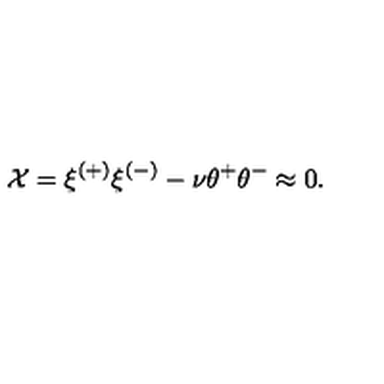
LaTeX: { \cal X } = \xi ^ { ( + ) } \xi ^ { ( - ) } - \nu \theta ^ { + } \theta ^ { - } \approx 0 .